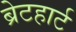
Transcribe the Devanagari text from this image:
ब्रेटहार्ट